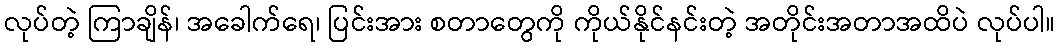
လုပ်တဲ့ ကြာချိန်၊ အခေါက်ရေ၊ ပြင်းအား စတာတွေကို ကိုယ်နိုင်နင်းတဲ့ အတိုင်းအတာအထိပဲ လုပ်ပါ။